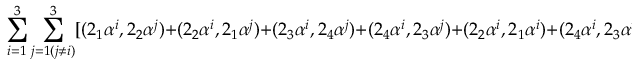
\sum _ { i = 1 } ^ { 3 } \sum _ { j = 1 ( j \neq i ) } ^ { 3 } [ ( 2 _ { 1 } \alpha ^ { i } , 2 _ { 2 } \alpha ^ { j } ) + ( 2 _ { 2 } \alpha ^ { i } , 2 _ { 1 } \alpha ^ { j } ) + ( 2 _ { 3 } \alpha ^ { i } , 2 _ { 4 } \alpha ^ { j } ) + ( 2 _ { 4 } \alpha ^ { i } , 2 _ { 3 } \alpha ^ { j } ) + ( 2 _ { 2 } \alpha ^ { i } , 2 _ { 1 } \alpha ^ { i } ) + ( 2 _ { 4 } \alpha ^ { i } , 2 _ { 3 } \alpha ^ { i } ) ]